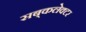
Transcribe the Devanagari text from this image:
सब्‌कलेक्टर